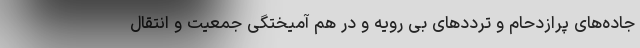
جاده‌های پرازدحام و ترددهای بی رویه و در هم آمیختگی جمعیت و انتقال